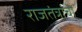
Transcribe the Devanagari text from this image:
राजतंत्रांचा